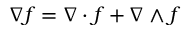
\nabla f = \nabla \cdot f + \nabla \wedge f